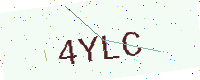
Text: 4YLC